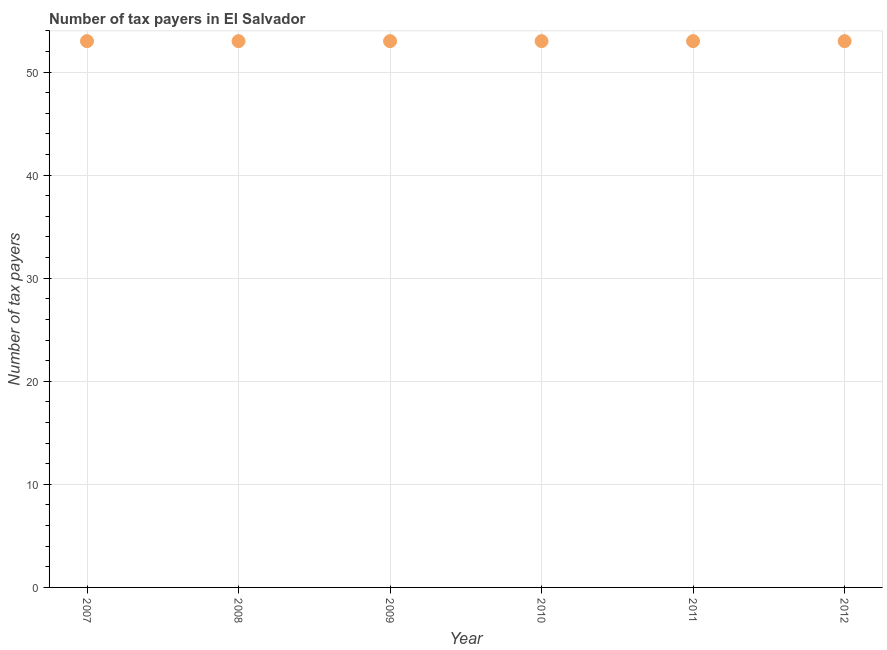
| Year | Tax payments |
 | --- | --- |
 | 2007 | 53 |
 | 2008 | 53 |
 | 2009 | 53 |
 | 2010 | 53 |
 | 2011 | 53 |
 | 2012 | 53 |